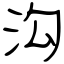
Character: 沟